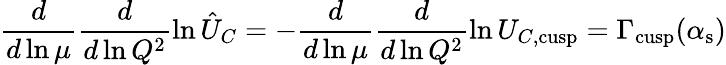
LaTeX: \frac{d}{d\ln\mu}\frac{d}{d\ln Q^{2}}\ln\hat{U}_{C}=-\frac{d}{d\ln\mu}\frac{d}{d\ln Q^{2}}\ln U_{C,\mathrm{cusp}}=\Gamma_{\mathrm{cusp}}(\alpha_{\mathrm{s}})